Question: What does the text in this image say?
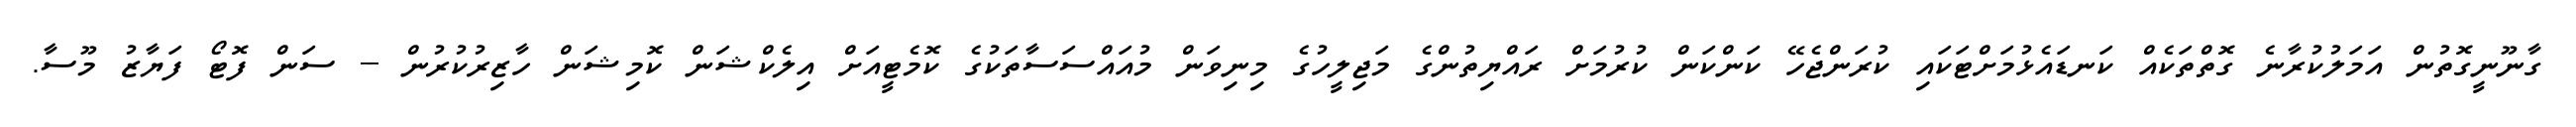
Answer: ގާނޫނީގޮތުން އަމަލުކުރާނެ ގޮތްތަކެއް ކަނޑައެޅުމަށްޓަކައި ކުރަންޖެހޭ ކަންކަން ކުރުމަށް ރައްޔިތުންގެ މަޖިލީހުގެ މިނިވަން މުއައްސަސާތަކުގެ ކޮމެޓީއަށް އިލެކްޝަން ކޮމިޝަން ހާޒިރުކުރުން -- ސަން ފޮޓޯ ފަޔާޒު މޫސާ.